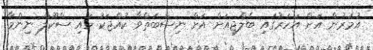
އުމުރުން އަށް އަހަރުގައި ބެލްޖިއަށް އަށް ނިސްބަތްވާ ކުއްޖަކު ހައި ސްކޫލް ނިންމާ